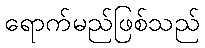
ရောက်မည်ဖြစ်သည်